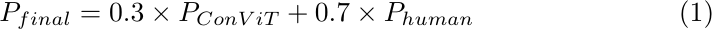
\begin{equation}
	P_{final} = 0.3 \times P_{ConViT} + 0.7 \times P_{human}
\end{equation}\label{eq-pascal}